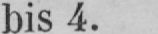
bis 4.